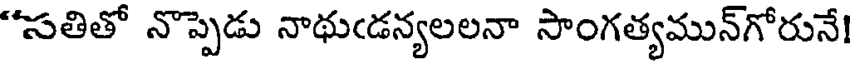
"సతితో నొప్పెడు నాథుఁడన్యలలనా సాంగత్యమున్గోరునే!